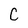
Character: C